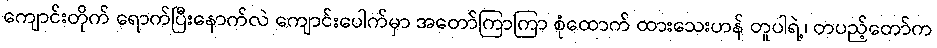
ကျောင်းတိုက် ရောက်ပြီးနောက်လဲ ကျောင်းပေါက်မှာ အတော်ကြာကြာ စုံထောက် ထားသေးဟန် တူပါရဲ့၊ တပည့်တော်က